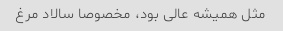
مثل همیشه عالی بود، مخصوصا سالاد مرغ